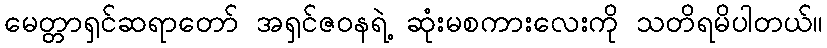
မေတ္တာရှင်ဆရာတော် အရှင်ဇဝနရဲ့ ဆုံးမစကားလေးကို သတိရမိပါတယ်။